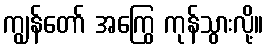
ကျွန်တော် အကြွေ ကုန်သွားလို့။